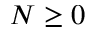
N \geq 0